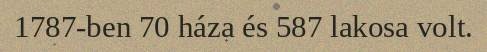
1787-ben 70 háza és 587 lakosa volt.